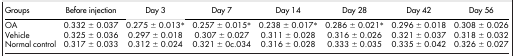
<table><thead><tr><td><b>Groups</b></td><td><b>Before injection</b></td><td><b>Day 3</b></td><td><b>Day 7</b></td><td><b>Day 14</b></td><td><b>Day 28</b></td><td><b>Day 42</b></td><td><b>Day 56</b></td></tr></thead><tbody><tr><td>OA</td><td>0.332 ± 0.037</td><td>0.275 ± 0.013*</td><td>0.257 ± 0.015*</td><td>0.238 ± 0.017*</td><td>0.286 ± 0.021*</td><td>0.296 ± 0.018</td><td>0.308 ± 0.026</td></tr><tr><td>Vehicle</td><td>0.325 ± 0.036</td><td>0.297 ± 0.018</td><td>0.307 ± 0.027</td><td>0.311 ± 0.028</td><td>0.316 ± 0.026</td><td>0.321 ± 0.037</td><td>0.318 ± 0.032</td></tr><tr><td>Normal control</td><td>0.317 ± 0.033</td><td>0.312 ± 0.024</td><td>0.321 ± 0c.034</td><td>0.316 ± 0.028</td><td>0.333 ± 0.035</td><td>0.335 ± 0.042</td><td>0.326 ± 0.027</td></tr></tbody></table>